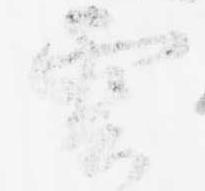
雲